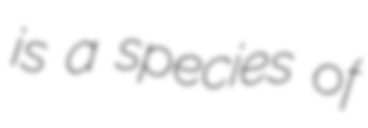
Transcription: is a species of